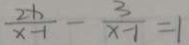
\frac { 2 x } { x - 1 } - \frac { 3 } { x - 1 } = 1